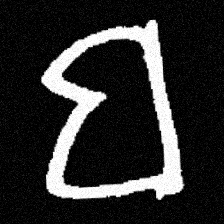
Pyu character \u2014 Myanmar letter: ဗ (romanized: ba)